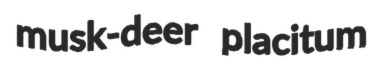
musk-deer placitum